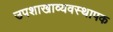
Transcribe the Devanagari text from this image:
उपशाखाव्यवस्थापक